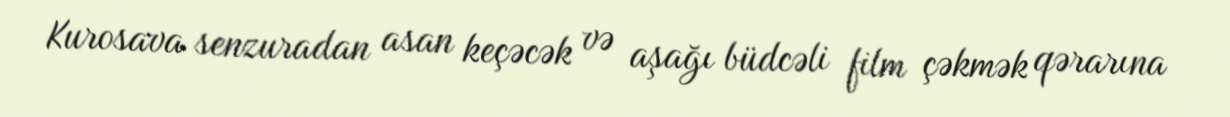
Kurosava senzuradan asan keçəcək və aşağı büdcəli film çəkmək qərarına